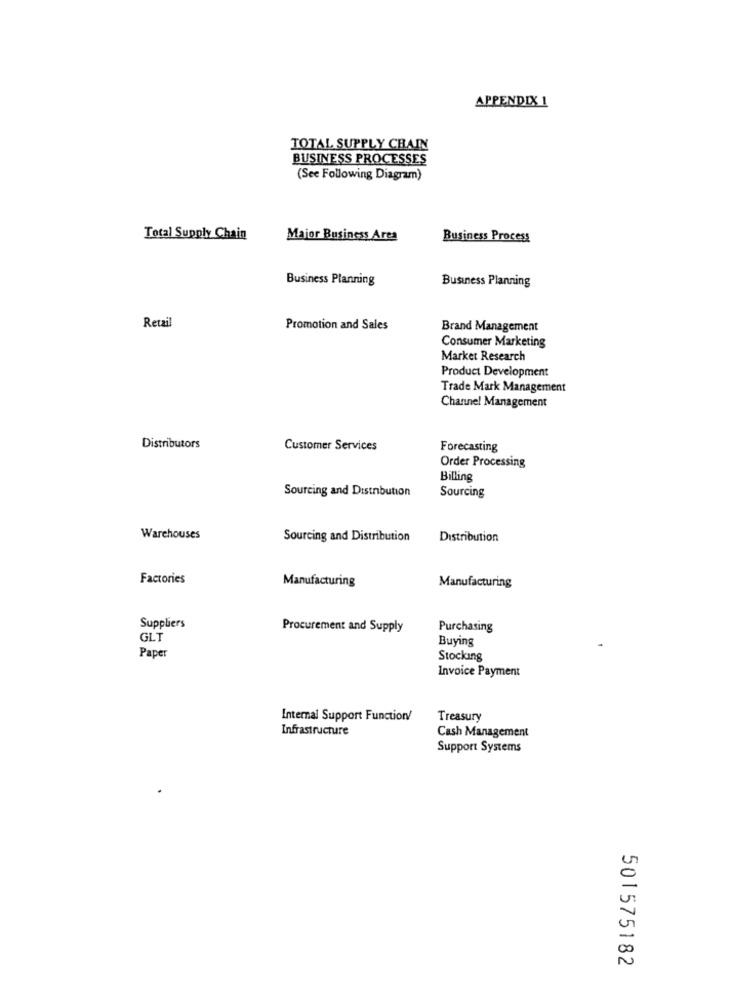
APPENDIX 1
TOTAL SUPPLY CHAIN
BUSINESS PROCESSES
(See Following Diagram)
Total Supply Chain
Major Business Area
Business Process
Business Planning
Business Planning
Retail
Promotion and Sales
Brand Management
Consumer Marketing
Market Research
Product Development
Trade Mark Management
Channel Management
Distributors
Customer Services
Forecasting
Order Processing
Billing
Sourcing and Distribution
Sourcing
Warehouses
Sourcing and Distribution
Distribution
Factories
Manufacturing
Manufacturing
Suppliers
Procurement and Supply
Purchasing
GLT
Buying
Paper
Stocking
Invoice Payment
Internal Support Function/
Treasury
Infrastructure
Cash Management
Support Systems
501575182